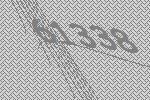
61338